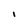
Character: I